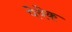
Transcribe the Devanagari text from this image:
पेवेक